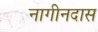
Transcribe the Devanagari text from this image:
नागीनदास